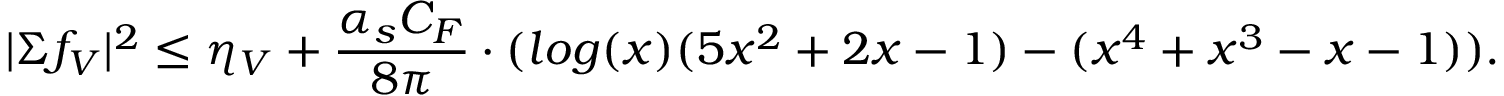
| \Sigma f _ { V } | ^ { 2 } \le \eta _ { V } + \frac { \alpha _ { s } C _ { F } } { 8 \pi } \cdot ( l o g ( x ) ( 5 x ^ { 2 } + 2 x - 1 ) - ( x ^ { 4 } + x ^ { 3 } - x - 1 ) ) .